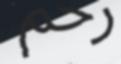
رحم